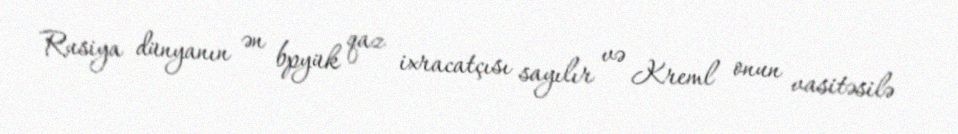
Rusiya dünyanın ən bpyük qaz ixracatçısı sayılır və Kreml onun vasitəsilə